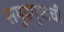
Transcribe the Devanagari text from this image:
समुद्रगुप्तची